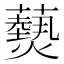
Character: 𮒫